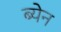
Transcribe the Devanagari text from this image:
ब्येन